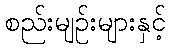
စည်းမျဉ်းများနှင့်